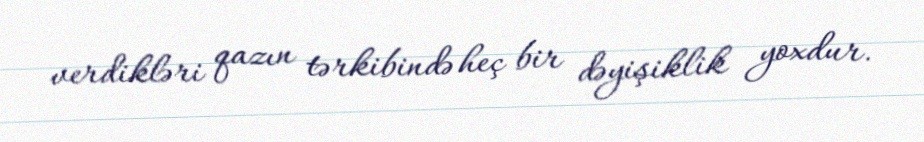
verdikləri qazın tərkibində heç bir dəyişiklik yoxdur.